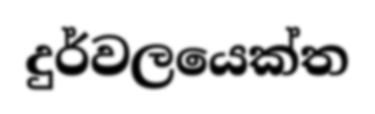
දුර්වලයෙක්ත